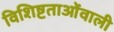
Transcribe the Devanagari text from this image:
विशिष्टताओंवाली